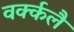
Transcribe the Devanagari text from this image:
वर्क्कलै